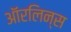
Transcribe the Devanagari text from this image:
ऑरलिन्स